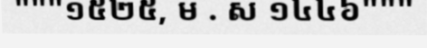
"""១៥២៥, ម . ស ១៤៤៦"""